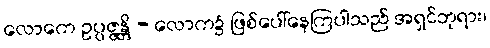
လောကေ ဥပ္ပဇ္ဇန္တိ - လောက၌ ဖြစ်ပေါ်နေကြပါသည် အရှင်ဘုရား၊